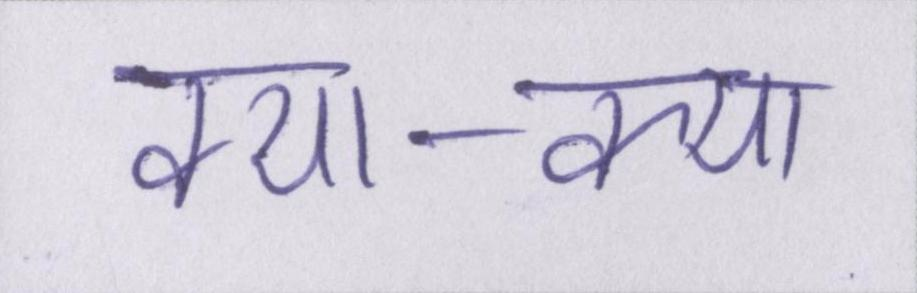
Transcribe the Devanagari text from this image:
क्या-क्या